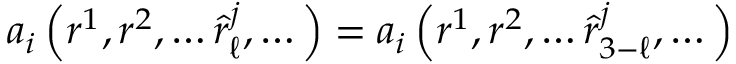
a _ { i } \left( r ^ { 1 } , r ^ { 2 } , \dots \hat { r } _ { \ell } ^ { j } , \dots \right) = a _ { i } \left( r ^ { 1 } , r ^ { 2 } , \dots \hat { r } _ { 3 - \ell } ^ { j } , \dots \right)